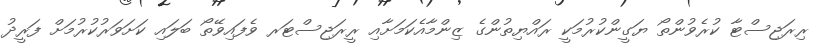
ރިރަޖިސްޓާ ކުރެވުންތޯ ޔަގީންކުރުމަކީ ރައްޔިތުންގެ ޒިންމާއެކަމަށާއި ރީރަޖިސްޓަރ ވެފައިވޭތޯ ބަލައި ކަށަވަރުކުރުމަށް ފަރީދު